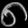
Digit: ၈